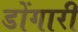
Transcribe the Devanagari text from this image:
डोंगारी